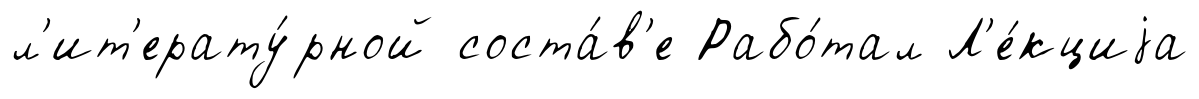
л'ит'ерату́рной соста́в'е Рабо́тал Л'е́кциjа